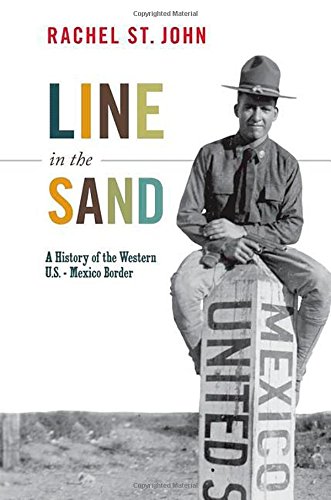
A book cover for Line in the Sand: A History of the Western U.S.-Mexico Border (America in the World); Rachel St. John; History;